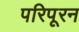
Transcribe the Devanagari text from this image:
परिपूरन